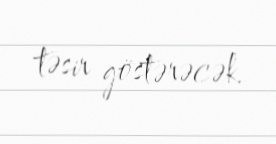
təsir göstərəcək.